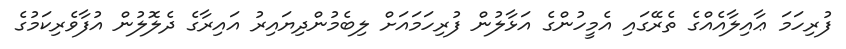
ފުރިހަމަ ޢާއިލާއެއްގެ ތެރޭގައި އެމީހުންގެ އަޅާލުން ފުރިހަމައަށް ލިބެމުންދިޔައިރު އައިރާގެ ދެލޮލުން އުފާވެރިކަމުގެ